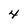
Character: 4